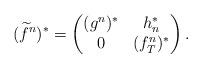
LaTeX: \begin{align*}(\widetilde{f}^{n})^{*}=\begin{pmatrix}(g^{n})^{*}& h_{n}^{*}\\0&(f_{T}^{n})^{*}\end{pmatrix}.\end{align*}